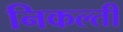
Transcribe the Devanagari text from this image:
निकल्ती